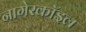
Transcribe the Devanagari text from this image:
नागेरकॉइल